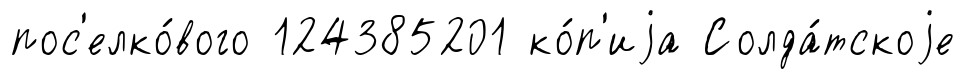
пос'елко́вого 124385201 ко́п'иjа Солда́тскоjе